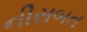
નીસબત